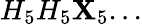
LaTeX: H_{5}H_{5}\mathbf{X}_{5}...